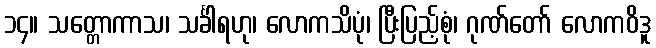
၁၄။ သတ္တောကာသ၊ သင်္ခါရဟု၊ လောကသိပုံ၊ ပြီးပြည့်စုံ၊ ဂုဏ်တော် လောကဝိဒူ